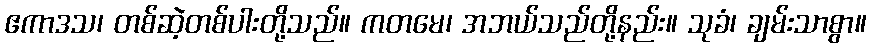
ဧကာဒသ၊ တစ်ဆဲ့တစ်ပါးတို့သည်။ ကတမေ၊ အဘယ်သည်တို့နည်း။ သုခံ၊ ချမ်းသာစွာ။